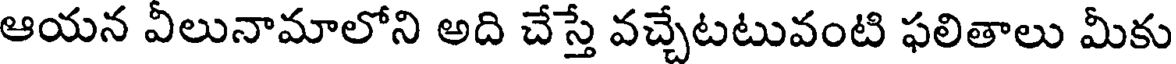
ఆయన వీలునామాలోని అది చేస్తే వచ్చేటటువంటి ఫలితాలు మీకు